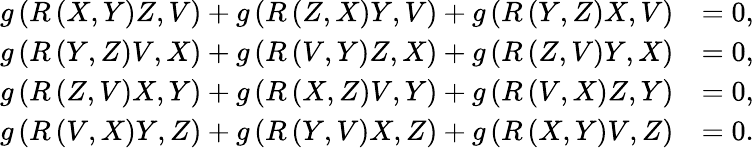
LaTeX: \begin{array}{rl}{g\left(R\left(X,Y\right)Z,V\right)+g\left(R\left(Z,X\right)Y,V\right)+g\left(R\left(Y,Z\right)X,V\right)}&{=0,}\\ {g\left(R\left(Y,Z\right)V,X\right)+g\left(R\left(V,Y\right)Z,X\right)+g\left(R\left(Z,V\right)Y,X\right)}&{=0,}\\ {g\left(R\left(Z,V\right)X,Y\right)+g\left(R\left(X,Z\right)V,Y\right)+g\left(R\left(V,X\right)Z,Y\right)}&{=0,}\\ {g\left(R\left(V,X\right)Y,Z\right)+g\left(R\left(Y,V\right)X,Z\right)+g\left(R\left(X,Y\right)V,Z\right)}&{=0.}\end{array}